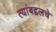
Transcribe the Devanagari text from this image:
त्यांबद्दलचे